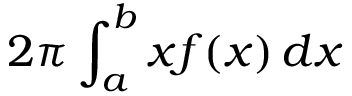
2 \pi \int _ { a } ^ { b } x f ( x ) \, d x